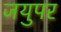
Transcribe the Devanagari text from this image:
जयुपर